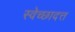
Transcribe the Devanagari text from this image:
स्वेच्छादत्त